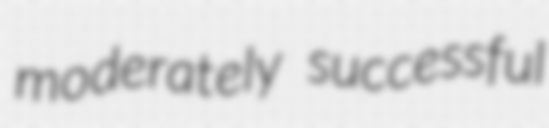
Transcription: moderately successful